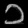
Digit: ၁